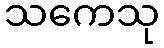
သကေသု